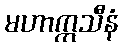
မဟာဣသီနံ